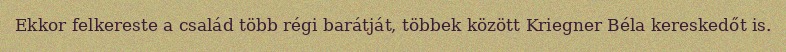
Ekkor felkereste a család több régi barátját, többek között Kriegner Béla kereskedőt is.